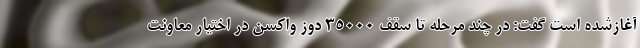
آغازشده است گفت: در چند مرحله تا سقف ۳۵۰۰۰ دوز واکسن در اختیار معاونت